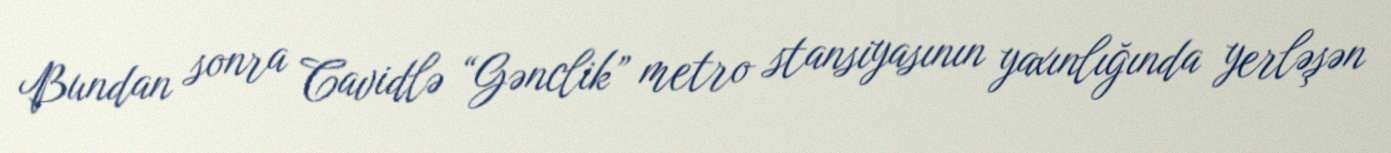
Bundan sonra Cavidlə “Gənclik” metro stansiyasının yaxınlığında yerləşən